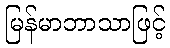
မြန်မာဘာသာဖြင့်